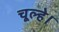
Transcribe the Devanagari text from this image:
चूल्हे।